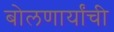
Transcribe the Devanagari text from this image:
बोलणार्यांची